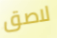
لاصق